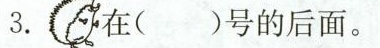
3.在( )号的后面。